Report on sanitation, dispensaries, and jails in Rajputana for 1914, and on vaccination for the year 1914-1915 - 1914-1915
Year: 1914
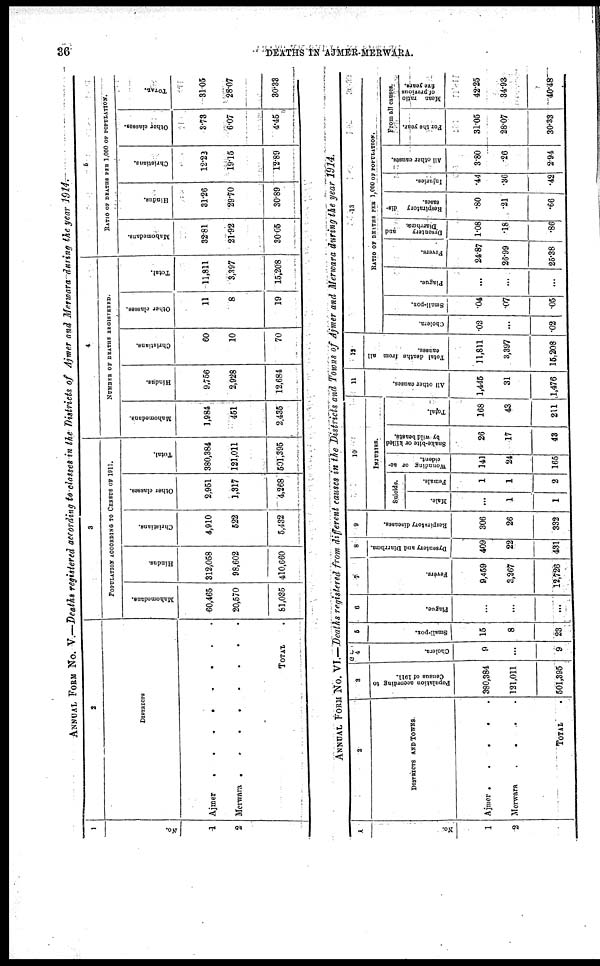
36
DEATHS IN AJMER-MERWARA.
ANNUAL FROM No. V.—Deaths registered according to classes in the Districts of Ajmer and Merwara during the year 1914.
1
No.
1
2
2
DISTRICTS
Ajmer . . . . . .
Merwara . . . .
TOTAL .
3
POPULATION ACCORDING TO CENSUS OF 1911.
Mahomedans.
60,465
20,570
81,035
Hindus.
312,058
98,602
410,660
Christians.
4,910
522
5,432
Other classes.
2,951
1,317
4,268
Total.
380,384
121,011
501,395
4
NUMBER OF DEATHS REGISTERED.
Mahometans.
1,984
451
2,435
Hindus.
9,756
2,928
12,684
Christians.
60
10
70
Other classes.
11
8
19
Total.
11,811
3,397
15,208
5
RATIO OF DEATHS PER 1,000 OF POPULATION.
Mahomedans.
32.81
21.92
30.05
Hindus.
31.26
29.70
30.89
Christians.
12.22
19.15
12.89
Other classes.
3.73
6.07
4.45
TOTAL.
31.05
28.07
30.33
ANNUAL FORM No. VI.—Deaths registered from different causes in the Districts and Towns of Ajmer and Merwara during the year 1914.
1
No.
1
2
2
DISTRICTS AND TOWNS.
Ajmer
.
.
.
.
.
Merwara
.
.
.
.
TOTAL .
3
Population according to
Census of 1911.
380,384
121,011
501,395
4
Cholera.
9
...
9
5
Small-pox.
15
8
23
6
Plague.
...
...
...
7
Fevers.
9,459
3,267
12,726
8
Dysentery and Diarrhœa.
409
22
431
9
Respiratory diseases.
306
26
332
10
INJURIES.
Suicide.
Male.
...
1
1
Female.
1
1
2
Wounding or ac-
cident.
141
24
165
Snake-bite or killed
by wild beasts.
26
17
43
Total.
168
43
211
11
All other causes.
1,445
31
1,476
12
Total deaths from all
causes.
11,811
3,397
15,208
13
RATIO OF DEATHS PER 1,000 OF POPULATION.
Cholera.
.02
...
.02
Small-pox.
.04
.07
.05
Plague.
...
...
...
Fevers.
24.87
26.99
25.38
Dysentery
and
Diarrhœa.
1.08
.18
.86
Respiratory
dis-
cases.
.80
.21
.66
Injuries.
.44
.36
.42
All other causes.
3.80
.26
2.94
From all causes.
For the year.
31.05
28.07
30.33
Mean ratio
of previous
five years.
42.25
34.93
40.48